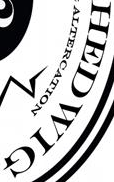
HEDWIG